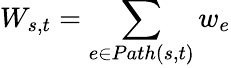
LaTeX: W_{s,t}=\sum_{e\in Path(s,t)}w_{e}